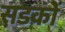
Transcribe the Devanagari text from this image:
स़डकों